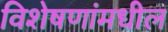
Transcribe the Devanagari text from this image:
विशेषणांमधील